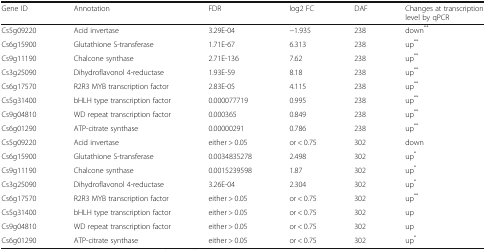
<table><thead><tr><td><b>Gene ID</b></td><td><b>Annotation</b></td><td><b>FDR</b></td><td><b>log2 FC</b></td><td><b>DAF</b></td><td><b>Changes at transcription level by qPCR</b></td></tr></thead><tbody><tr><td>Cs5g09220</td><td>Acid invertase</td><td>3.29E-04</td><td>−1.935</td><td>238</td><td>down<sup>**</sup></td></tr><tr><td>Cs6g15900</td><td>Glutathione S-transferase</td><td>1.71E-67</td><td>6.313</td><td>238</td><td>up<sup>**</sup></td></tr><tr><td>Cs9g11190</td><td>Chalcone synthase</td><td>2.71E-136</td><td>7.62</td><td>238</td><td>up<sup>**</sup></td></tr><tr><td>Cs3g25090</td><td>Dihydroflavonol 4-reductase</td><td>1.93E-59</td><td>8.18</td><td>238</td><td>up<sup>**</sup></td></tr><tr><td>Cs6g17570</td><td>R2R3 MYB transcription factor</td><td>2.83E-05</td><td>4.115</td><td>238</td><td>up<sup>**</sup></td></tr><tr><td>Cs5g31400</td><td>bHLH type transcription factor</td><td>0.000077719</td><td>0.995</td><td>238</td><td>up<sup>**</sup></td></tr><tr><td>Cs9g04810</td><td>WD repeat transcription factor</td><td>0.000365</td><td>0.849</td><td>238</td><td>up<sup>**</sup></td></tr><tr><td>Cs6g01290</td><td>ATP-citrate synthase</td><td>0.00000291</td><td>0.786</td><td>238</td><td>up<sup>**</sup></td></tr><tr><td>Cs5g09220</td><td>Acid invertase</td><td>either &gt; 0.05</td><td>or &lt; 0.75</td><td>302</td><td>down</td></tr><tr><td>Cs6g15900</td><td>Glutathione S-transferase</td><td>0.0034835278</td><td>2.498</td><td>302</td><td>up<sup>*</sup></td></tr><tr><td>Cs9g11190</td><td>Chalcone synthase</td><td>0.0015239598</td><td>1.87</td><td>302</td><td>up<sup>*</sup></td></tr><tr><td>Cs3g25090</td><td>Dihydroflavonol 4-reductase</td><td>3.26E-04</td><td>2.304</td><td>302</td><td>up<sup>*</sup></td></tr><tr><td>Cs6g17570</td><td>R2R3 MYB transcription factor</td><td>either &gt; 0.05</td><td>or &lt; 0.75</td><td>302</td><td>up<sup>**</sup></td></tr><tr><td>Cs5g31400</td><td>bHLH type transcription factor</td><td>either &gt; 0.05</td><td>or &lt; 0.75</td><td>302</td><td>up</td></tr><tr><td>Cs9g04810</td><td>WD repeat transcription factor</td><td>either &gt; 0.05</td><td>or &lt; 0.75</td><td>302</td><td>up</td></tr><tr><td>Cs6g01290</td><td>ATP-citrate synthase</td><td>either &gt; 0.05</td><td>or &lt; 0.75</td><td>302</td><td>up<sup>*</sup></td></tr></tbody></table>